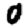
Digit: 0